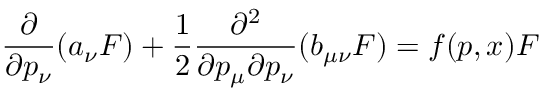
\frac { \partial } { \partial p _ { \nu } } ( a _ { \nu } { \cal F } ) + \frac { 1 } { 2 } \frac { \partial ^ { 2 } } { \partial p _ { \mu } \partial p _ { \nu } } ( b _ { \mu \nu } { \cal F } ) = f ( p , x ) { \cal F }